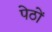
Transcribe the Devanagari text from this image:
पेठों